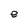
Character: e